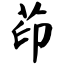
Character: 茚